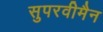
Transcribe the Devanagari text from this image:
सुपरवीमैन